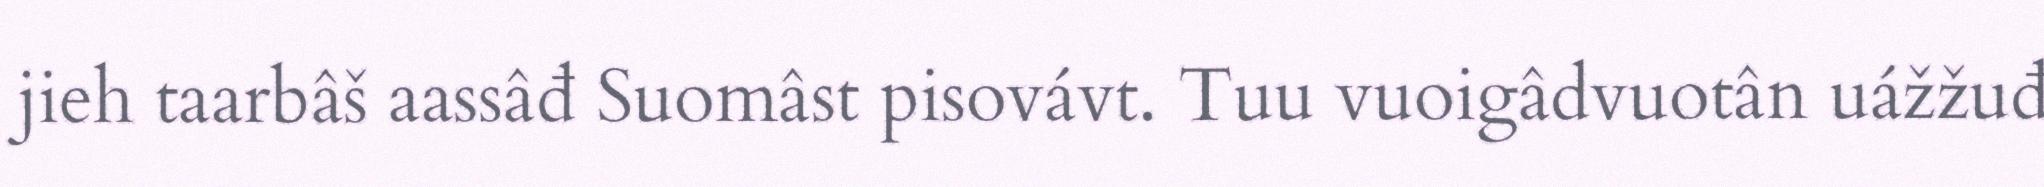
jieh taarbâš aassâđ Suomâst pisovávt. Tuu vuoigâdvuotân uážžuđ